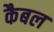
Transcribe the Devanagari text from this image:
कैबल